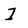
Character: I